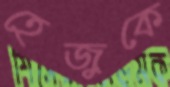
হেজুকে